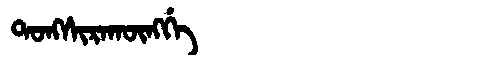
Manchu: ᡨᠣᠩᠰᡳᡵᠠᡴᡡᠩᡤᡝ
Romanization: TONGSIRAKŪNGGE